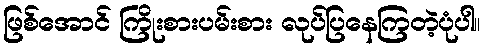
ဖြစ်အောင် ကြိုးစားပမ်းစား လုပ်ပြနေကြတဲ့ပုံပါ။